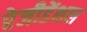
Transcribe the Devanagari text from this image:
रेजीडेंशल